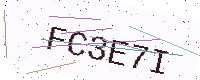
Text: FC3E7I